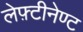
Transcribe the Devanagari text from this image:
लेफ़्टीनेण्ट